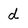
Character: d